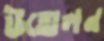
উত্তোলন